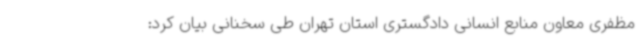
مظفری معاون منابع انسانی دادگستری استان تهران طی سخنانی بیان کرد: